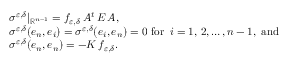
\begin{array} { r l } & { \sigma ^ { \varepsilon , \delta } | _ { \mathbb { R } ^ { n - 1 } } = f _ { \varepsilon , \delta } \, A ^ { t } \, E \, A , } \\ & { \sigma ^ { \varepsilon , \delta } ( e _ { n } , e _ { i } ) = \sigma ^ { \varepsilon , \delta } ( e _ { i } , e _ { n } ) = 0 \mathrm { ~ f o r ~ } \, i = 1 , \, 2 , \dots , n - 1 , \mathrm { ~ a n d } } \\ & { \sigma ^ { \varepsilon , \delta } ( e _ { n } , e _ { n } ) = - K \, f _ { \varepsilon , \delta } . } \end{array}